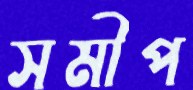
সমীপ